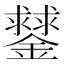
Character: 䥭